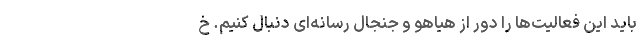
باید این فعالیت‌ها را دور از هیاهو و جنجال رسانه‌ای دنبال کنیم. خ